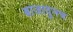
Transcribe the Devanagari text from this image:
बाजावुनच